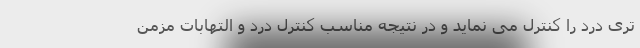
تری درد را کنترل می نماید و در نتیجه مناسب کنترل درد و التهابات مزمن